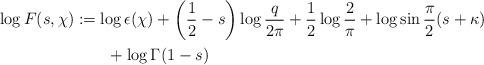
LaTeX: \begin{align*} \begin{aligned}\log{F(s,\chi)}&:= \log{\epsilon(\chi)} + \left( \frac{1}{2} - s \right) \log{\frac{q}{2\pi}} + \frac{1}{2} \log{\frac{2}{\pi}}+ \log{\sin{\frac{\pi}{2}(s+\kappa)}} \\&\quad\quad+ \log{\Gamma(1-s)}\end{aligned}\end{align*}